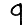
Digit: 9